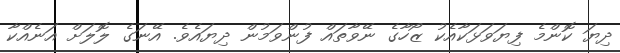
ދިޔަ ކޮންމެ ފިޔަވަޅަކާއެކު ޒޯހާގެ ނޭވާތައް ފުންވަމުން ދިޔައެވެ. އޭނަގެ ލޮލަށް އަނެއްކާ